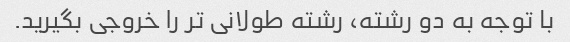
با توجه به دو رشته، رشته طولانی تر را خروجی بگیرید.